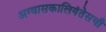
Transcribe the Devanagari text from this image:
अग्वासकालियंतेसची